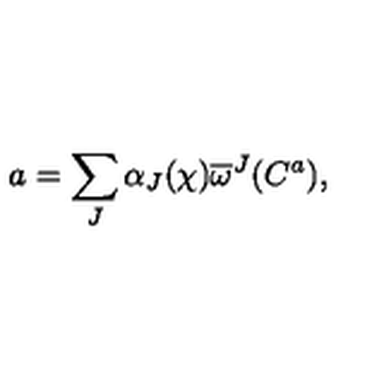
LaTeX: a = \sum _ { J } \alpha _ { J } ( \chi ) \overline { { \omega } } ^ { J } ( C ^ { a } ) ,